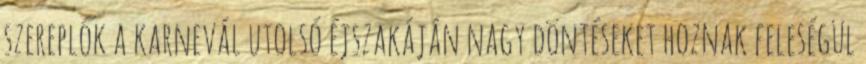
szereplők a karnevál utolsó éjszakáján nagy döntéseket hoznak feleségül